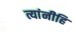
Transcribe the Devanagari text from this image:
त्यांनीहि